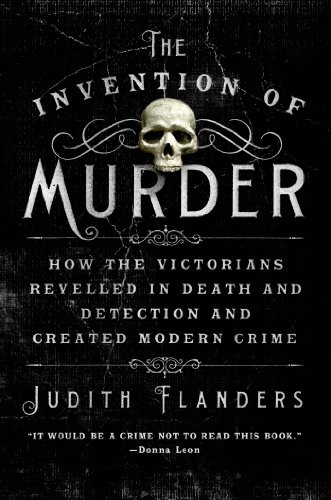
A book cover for The Invention of Murder: How the Victorians Revelled in Death and Detection and Created Modern Crime; Judith Flanders; Biographies & Memoirs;